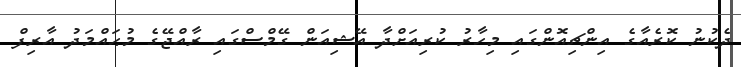
ދެކުނު ކޮރެއާގެ އިންޗިއޮންގައި މިހާރު ކުރިއަށްދާ އޭޝިއަން ގޭމްސްގައި ރާއްޖޭގެ މުޙައްމަދު އާރިފް